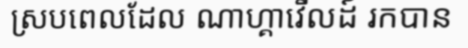
ស្របពេលដែល ណាហ្គាវើលដ៍ រកបាន